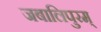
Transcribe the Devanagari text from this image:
जबालिपुरम्